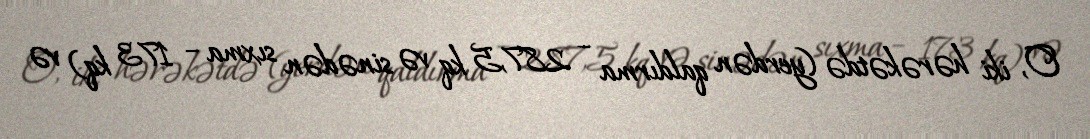
O, iki hərəkətdə (yerdən qaldırma – 287,5 kq və sinədən sıxma – 173 kq) və